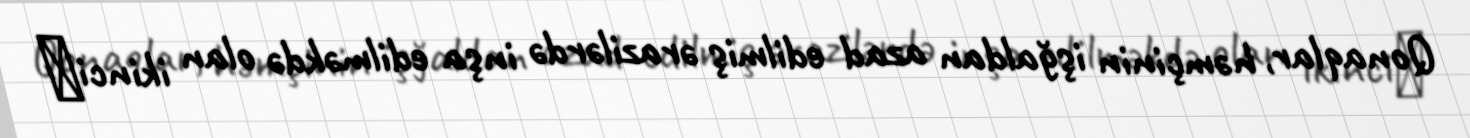
Qonaqlar, həmçinin işğaldan azad edilmiş ərazilərdə inşa edilməkdə olan ikinci​